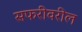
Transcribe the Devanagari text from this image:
सफरीवरील